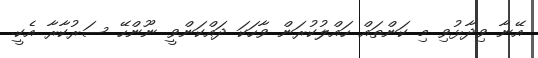
އޭނާ ވިދާޅުވި މި ކަންތައް ހައްލުކުރަން ވާހަކަ ދައްކަންވީ ނޫންހޭ ސަރުކާރާ އެކީ.